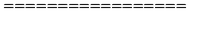
= = = = = = = = = = = = = = = = =